Document type: Sale
Year: 1290
Scribe: Miquel Rotllan
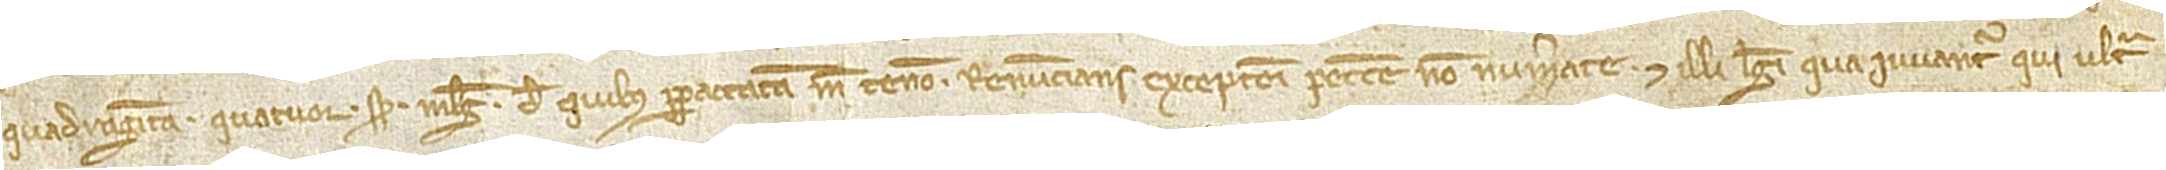
quadraginta quatuor solidos melgorenses, de quibus per paccata me teneo, renuncians excepcioni peccunie non numerate. Et illi legi qua iuvantur qui ultra